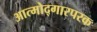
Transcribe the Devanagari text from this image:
आत्मोद्गारपरक